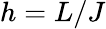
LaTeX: h=L/J